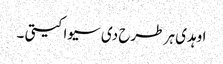
اوہدی ہر طرح دی سیوا کیتی ۔